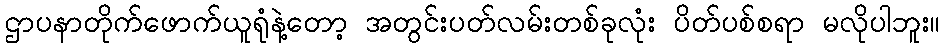
ဌာပနာတိုက်ဖောက်ယူရုံနဲ့တော့ အတွင်းပတ်လမ်းတစ်ခုလုံး ပိတ်ပစ်စရာ မလိုပါဘူး။